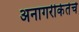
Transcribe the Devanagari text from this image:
अनागरीकेतेचे